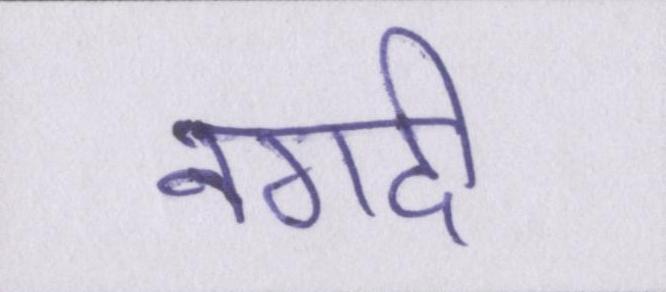
नगदी